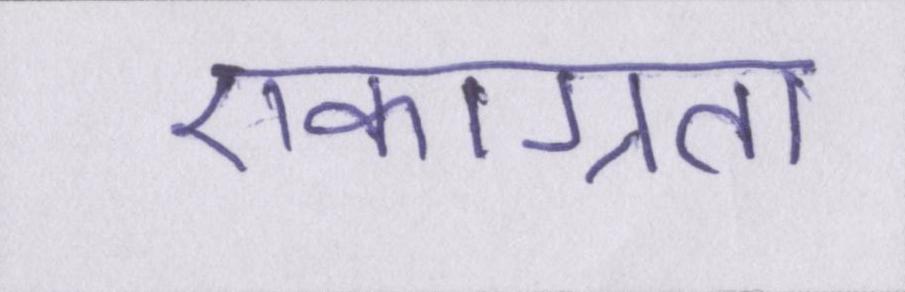
एकाग्रता